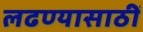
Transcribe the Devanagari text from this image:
लढण्यासाठीं